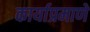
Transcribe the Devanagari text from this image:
कार्याप्रमाणे